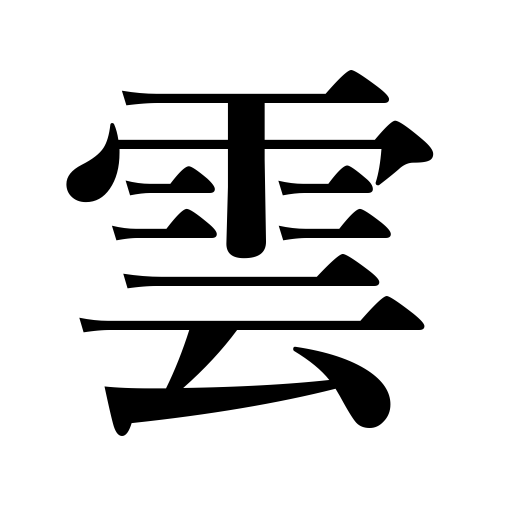
Meanings: cloud